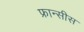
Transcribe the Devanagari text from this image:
फ्रान्सीस